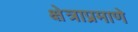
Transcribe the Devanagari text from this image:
क्षेत्राप्रमाणे